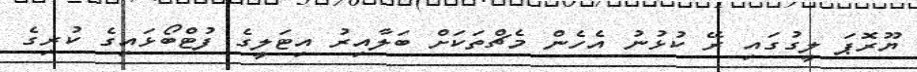
ޔޫރޮޕަ ލީގުގައި ރޭ ކުޅުނު އެހެން މެޗްތަކަށް ބަލާއިރު އިޓަލީގެ ފުޓްބޯޅައިގެ ކުރިގެ